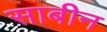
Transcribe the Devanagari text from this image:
साबीन